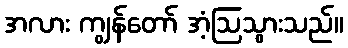
အလား ကျွန်တော် အံ့ဩသွားသည်။